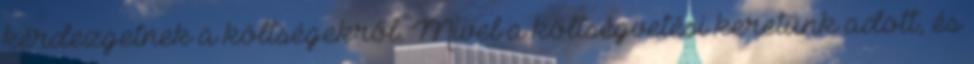
kérdezgetnek a költségekről. Mivel a költségvetési keretünk adott, és